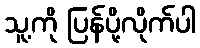
သူ့ကို ပြန်ပို့လိုက်ပါ